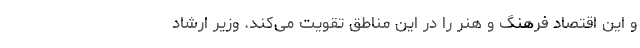
و این اقتصاد فرهنگ و هنر را در این مناطق تقویت می‌کند. وزیر ارشاد